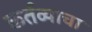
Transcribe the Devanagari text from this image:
कर्तव्याचा